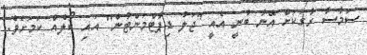
ސަމާސާ ރާގަކަށް އޭނާ ބުނީ އެއީ "ޖަލު ޑިޕާޓްމަންޓުން" އައި ކޯލެއް ކަމަށެވެ.